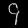
Digit: ၄